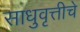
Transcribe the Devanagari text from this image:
साधुवृत्तीचे